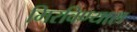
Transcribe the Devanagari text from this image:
मिरविण्यास